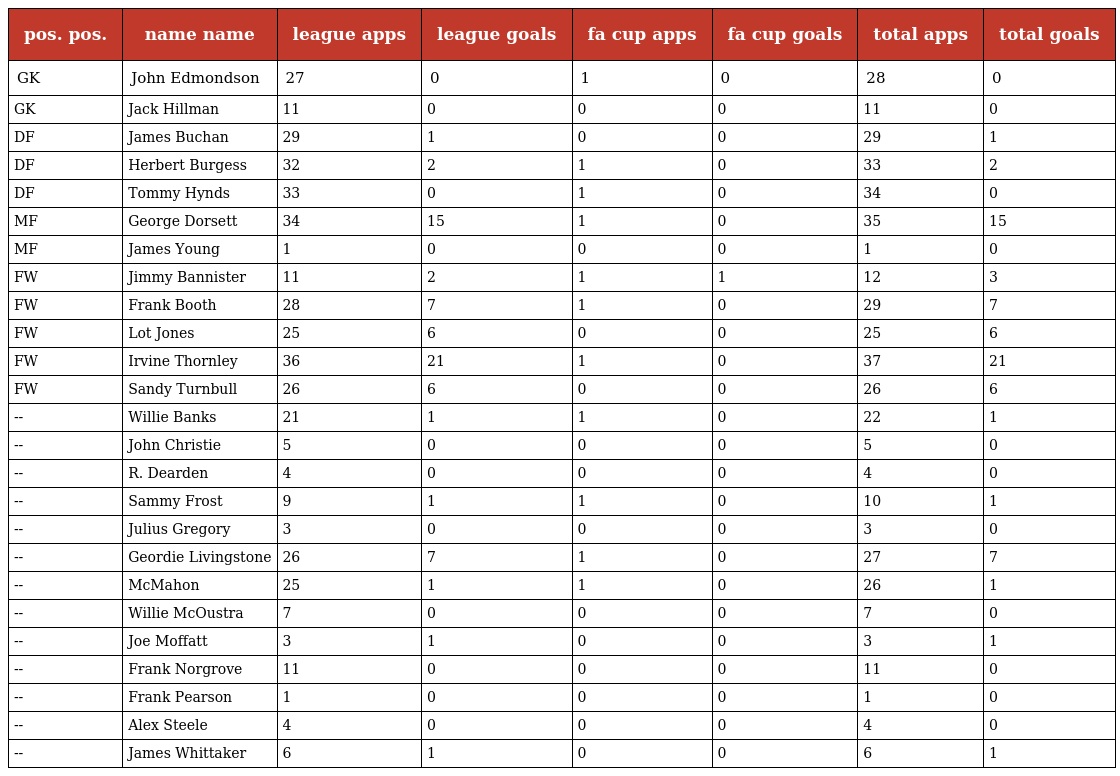
| pos. pos. | name name | league apps | league goals | fa cup apps | fa cup goals | total apps | total goals |
 | --- | --- | --- | --- | --- | --- | --- | --- |
 | GK | John Edmondson | 27 | 0 | 1 | 0 | 28 | 0 |
 | GK | Jack Hillman | 11 | 0 | 0 | 0 | 11 | 0 |
 | DF | James Buchan | 29 | 1 | 0 | 0 | 29 | 1 |
 | DF | Herbert Burgess | 32 | 2 | 1 | 0 | 33 | 2 |
 | DF | Tommy Hynds | 33 | 0 | 1 | 0 | 34 | 0 |
 | MF | George Dorsett | 34 | 15 | 1 | 0 | 35 | 15 |
 | MF | James Young | 1 | 0 | 0 | 0 | 1 | 0 |
 | FW | Jimmy Bannister | 11 | 2 | 1 | 1 | 12 | 3 |
 | FW | Frank Booth | 28 | 7 | 1 | 0 | 29 | 7 |
 | FW | Lot Jones | 25 | 6 | 0 | 0 | 25 | 6 |
 | FW | Irvine Thornley | 36 | 21 | 1 | 0 | 37 | 21 |
 | FW | Sandy Turnbull | 26 | 6 | 0 | 0 | 26 | 6 |
 | -- | Willie Banks | 21 | 1 | 1 | 0 | 22 | 1 |
 | -- | John Christie | 5 | 0 | 0 | 0 | 5 | 0 |
 | -- | R. Dearden | 4 | 0 | 0 | 0 | 4 | 0 |
 | -- | Sammy Frost | 9 | 1 | 1 | 0 | 10 | 1 |
 | -- | Julius Gregory | 3 | 0 | 0 | 0 | 3 | 0 |
 | -- | Geordie Livingstone | 26 | 7 | 1 | 0 | 27 | 7 |
 | -- | McMahon | 25 | 1 | 1 | 0 | 26 | 1 |
 | -- | Willie McOustra | 7 | 0 | 0 | 0 | 7 | 0 |
 | -- | Joe Moffatt | 3 | 1 | 0 | 0 | 3 | 1 |
 | -- | Frank Norgrove | 11 | 0 | 0 | 0 | 11 | 0 |
 | -- | Frank Pearson | 1 | 0 | 0 | 0 | 1 | 0 |
 | -- | Alex Steele | 4 | 0 | 0 | 0 | 4 | 0 |
 | -- | James Whittaker | 6 | 1 | 0 | 0 | 6 | 1 |